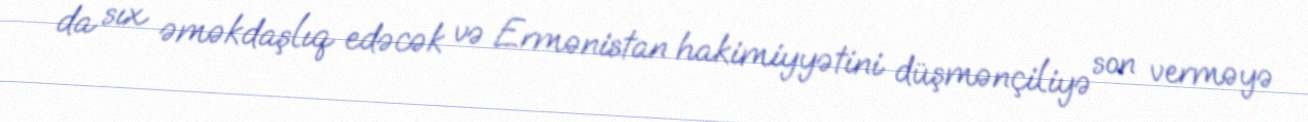
da sıx əməkdaşlıq edəcək və Ermənistan hakimiyyətini düşmənçiliyə son verməyə